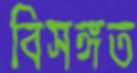
বিসঙ্গত